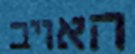
האויב